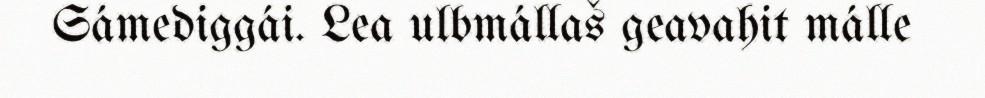
Sámediggái. Lea ulbmállaš geavahit málle